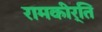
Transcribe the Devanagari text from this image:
रामकीर्ति